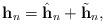
LaTeX: \begin{align*}\mathbf{h}_n=\hat{\mathbf{h}}_n+\tilde{\mathbf{h}}_n,\end{align*}